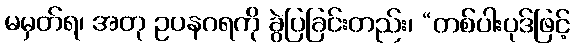
မမှတ်ရ၊ အတု ဥပနဂရကို ခွဲပြခြင်းတည်း၊ “တစ်ပါးပုဒ်ဖြင့်